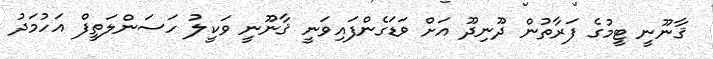
ޤާނޫނީ ޓީމުގެ ފަރާތުން ދޫނިދޫ އަށް ވަޑަގެންފައިވަނީ ޤާނޫނީ ވަކީލު ހަސަންލަތީފް އަހުމަދު